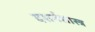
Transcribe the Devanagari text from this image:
दशर्नशास्त्र